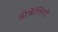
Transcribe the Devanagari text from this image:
डोकॅलिटी